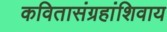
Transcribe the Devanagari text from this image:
कवितासंग्रहांशिवाय